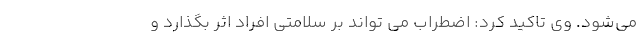
می‌شود. وی تاکید کرد: اضطراب می تواند بر سلامتی افراد اثر بگذارد و